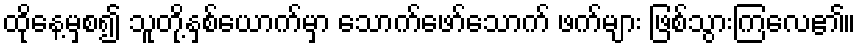
ထိုနေ့မှစ၍ သူတို့နှစ်ယောက်မှာ သောက်ဖော်သောက် ဖက်များ ဖြစ်သွားကြလေ၏။